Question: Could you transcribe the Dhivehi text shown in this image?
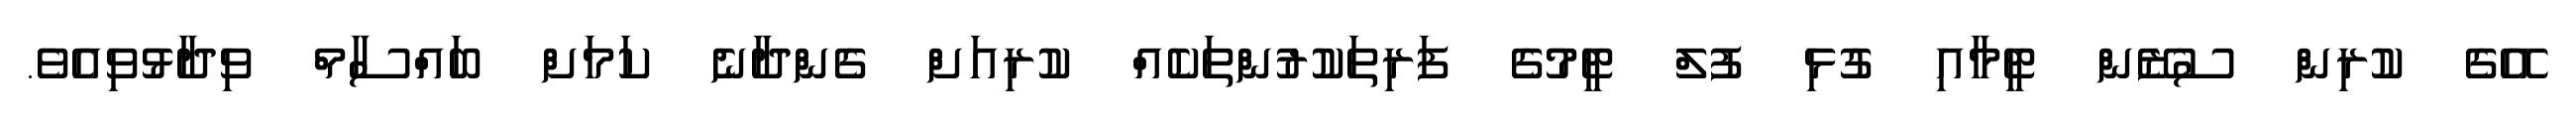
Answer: އޭގެ ކުރިން ސުޒޭން ޓީމާއި ގުޅި ފުލް ޓީމުގެ ފަރިތަކުރުންތަކެއް ކުރިއަށް ގެންދާނެ ކަމަށް ބައްސާމް ވިދާޅުވިއެވެ.